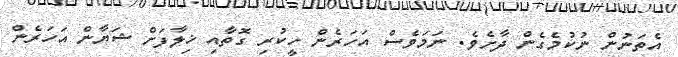
އެތަނުން ނުކުމެގެން ދާށެވެ. ނަމަވެސް އަހަރެން ހީކުރި ގޮތާއި ޚިލާފަށް ޝަޔާން އަހަރެން